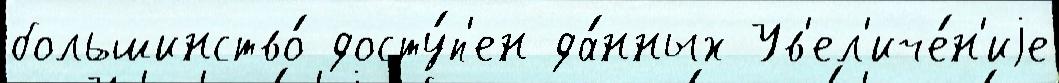
большинство́ досту́п'ен да́нных Ув'ел'иче́н'иjе